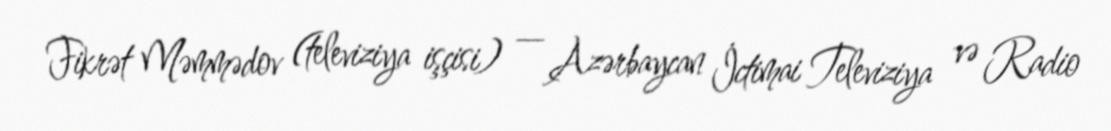
Fikrət Məmmədov (televiziya işçisi) — Azərbaycan İctimai Televiziya və Radio